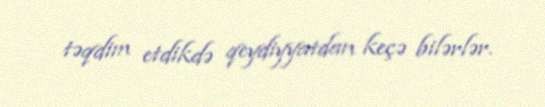
təqdim etdikdə qeydiyyatdan keçə bilərlər.